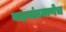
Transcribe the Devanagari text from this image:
वाहनांप्रमाणेच